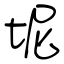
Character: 坭